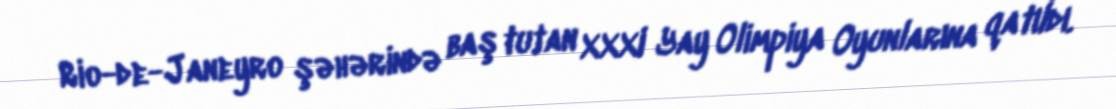
Rio-de-Janeyro şəhərində baş tutan XXXI Yay Olimpiya Oyunlarına qatıldı.